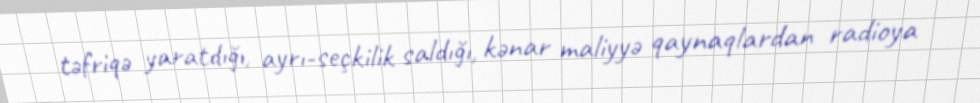
təfriqə yaratdığı, ayrı-seçkilik saldığı, kənar maliyyə qaynaqlardan radioya